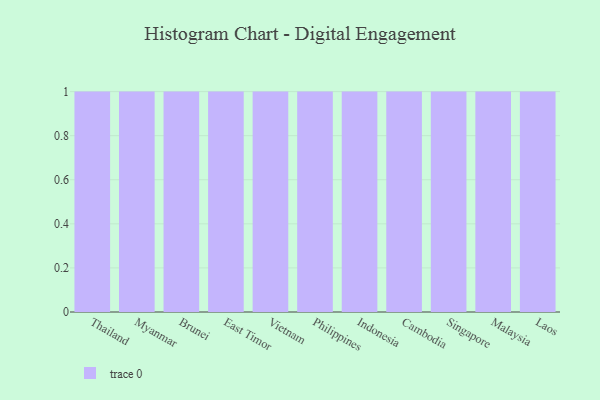
{"axis": {"x": "Country", "y": "Humidity (%)"}, "legend": [""], "data": [{"x": "Thailand", "y": 85, "type": ""}, {"x": "Myanmar", "y": 31, "type": ""}, {"x": "Brunei", "y": 62, "type": ""}, {"x": "East Timor", "y": 52, "type": ""}, {"x": "Vietnam", "y": 37, "type": ""}, {"x": "Philippines", "y": 63, "type": ""}, {"x": "Indonesia", "y": 24, "type": ""}, {"x": "Cambodia", "y": 31, "type": ""}, {"x": "Singapore", "y": 42, "type": ""}, {"x": "Malaysia", "y": 75, "type": ""}, {"x": "Laos", "y": 57, "type": ""}]}